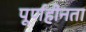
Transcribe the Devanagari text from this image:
पूर्णहीनता